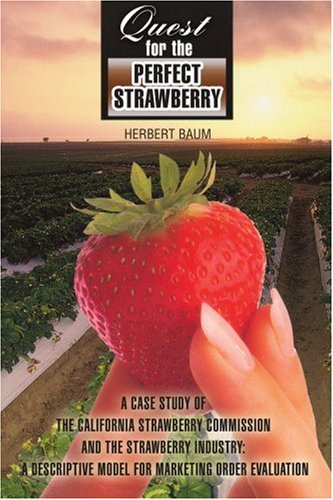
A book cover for QUEST FOR THE PERFECT STRAWBERRY: A Case Study of the California Strawberry Commission and the Strawberry Industry: A Descriptive Model for Marketing Order Evaluation; Herbert Baum; Business & Money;